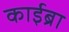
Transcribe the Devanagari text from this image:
काईब्रा